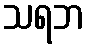
သရဘ